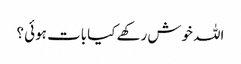
اللہ خوش رکھے کیا بات ہوئی ؟